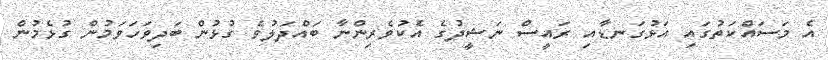
އެ މަސައްކަތުގައި އަޅުގަނޑާއި ރައީސް ނަޝީދުގެ އެކުވެރިންނާ ބައްދަލުވެ ގުޅުން ބަދިވަހަވަމުން ގުޅެމުން